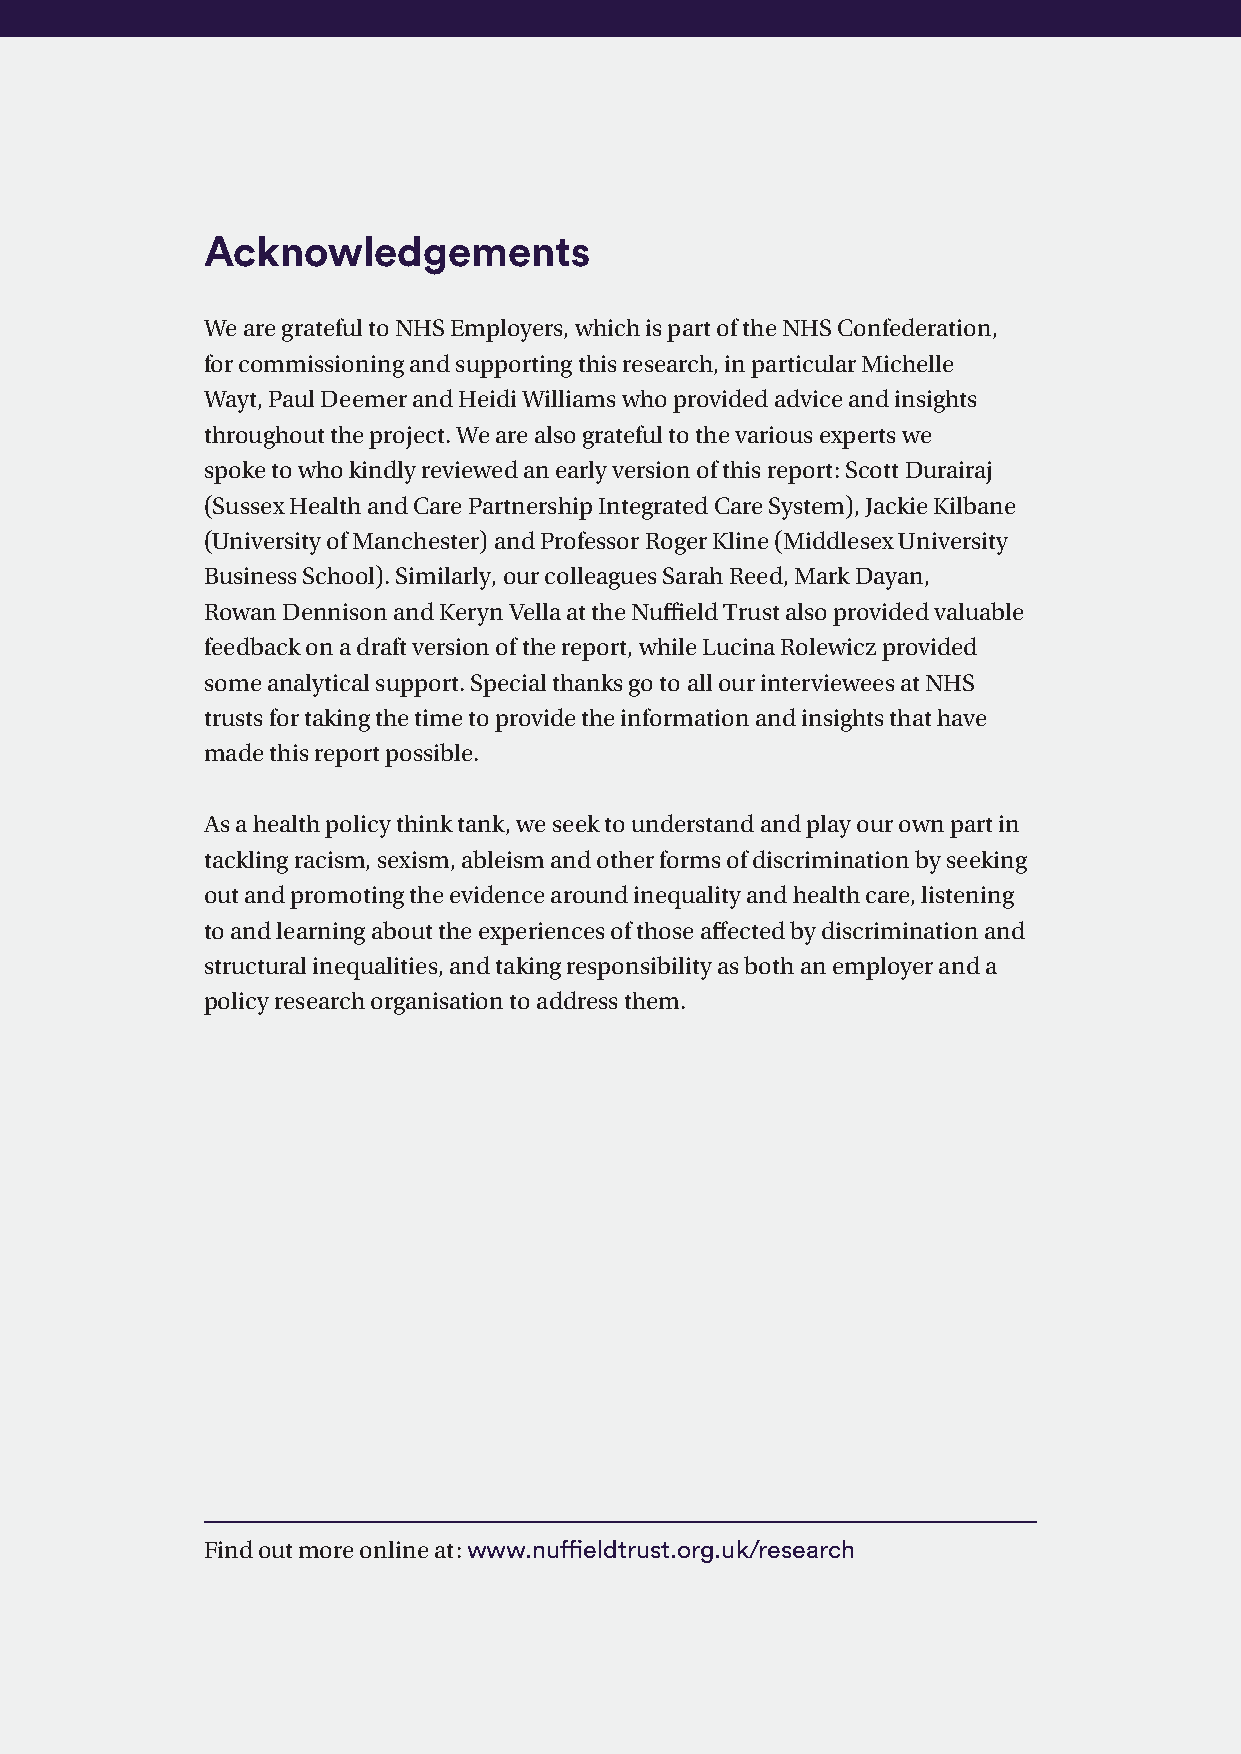
Acknowledgements
 We are grateful to NHS Employers, which is part of the NHS Confederation,
 for commissioning and supporting this research, in particular Michelle
 Wayt, Paul Deemer and Heidi Williams who provided advice and insights
 throughout the project. We are also grateful to the various experts we
 spoke to who kindly reviewed an early version of this report: Scott Durairaj
 (Sussex Health and Care Partnership Integrated Care System), Jackie Kilbane
 (University of Manchester) and Professor Roger Kline (Middlesex University
 Business School). Similarly, our colleagues Sarah Reed, Mark Dayan,
 Rowan Dennison and Keryn Vella at the Nuffield Trust also provided valuable
 feedback on a draft version of the report, while Lucina Rolewicz provided
 some analytical support. Special thanks go to all our interviewees at NHS
 trusts for taking the time to provide the information and insights that have
 made this report possible.
 As a health policy think tank, we seek to understand and play our own part in
 tackling racism, sexism, ableism and other forms of discrimination by seeking
 out and promoting the evidence around inequality and health care, listening
 to and learning about the experiences of those affected by discrimination and
 structural inequalities, and taking responsibility as both an employer and a
 policy research organisation to address them.
 Find out more online at: www.nuffieldtrust.org.uk/research